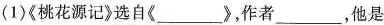
(1)《桃花源记》选自《 ___ 》，作者 ___，他是